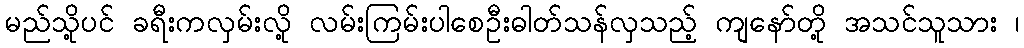
မည်သို့ပင် ခရီးကလှမ်းလို့ လမ်းကြမ်းပါစေဦးဓါတ်သန်လှသည့် ကျနော်တို့ အသင်သူသား ၊